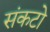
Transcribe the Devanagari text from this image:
संकटो